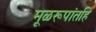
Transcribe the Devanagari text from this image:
मूळरूपांतहि